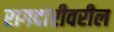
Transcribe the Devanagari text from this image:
रागदारीवरील